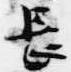
長